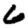
Digit: 6